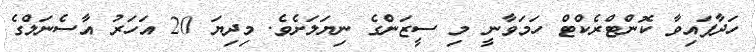
ހަދާފައިވާ ކޮންޓްރެކްޓް ހަމަވާނީ މި ސީޒަންގެ ނިޔަލަށެވެ. މިދިޔަ 20 އަހަރު އާސެނަލްގެ